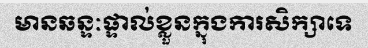
មានឆន្ទៈផ្ទាល់ខ្លួនក្នុងការសិក្សាទេ